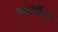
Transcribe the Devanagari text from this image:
चाचिंग